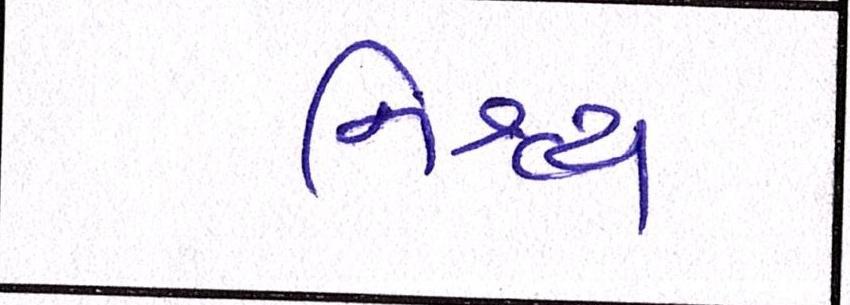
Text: નિશ્ચય